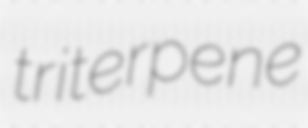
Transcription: triterpene